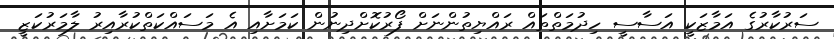
ސަރުކާރުގެ އަމާޒަކީ އަސާސީ ހިދުމަތްތައް ރައްޔިތުންނަށް ފޯރުކޮށްދިނުން ކަމަށާއި އެ މަސައްކަތްކުރާއިރު ލާމަރުކަޒީ